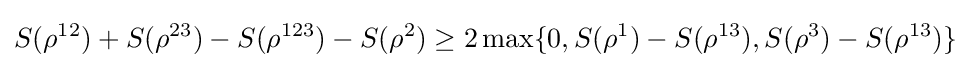
S(\rho ^{12})+S(\rho ^{23})-S(\rho ^{123})-S(\rho ^{2})\geq 2\max\{0,S(\rho ^{1})-S(\rho ^{13}),S(\rho ^{3})-S(\rho ^{13})\}